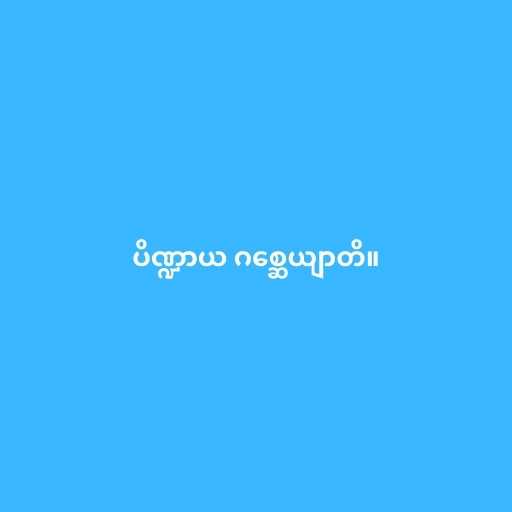
ပိဏ္ဍာယ ဂစ္ဆေယျာတိ။